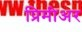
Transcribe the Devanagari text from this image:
प्रिमीअर